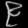
Digit: ၉